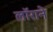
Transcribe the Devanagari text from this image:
लॉराने